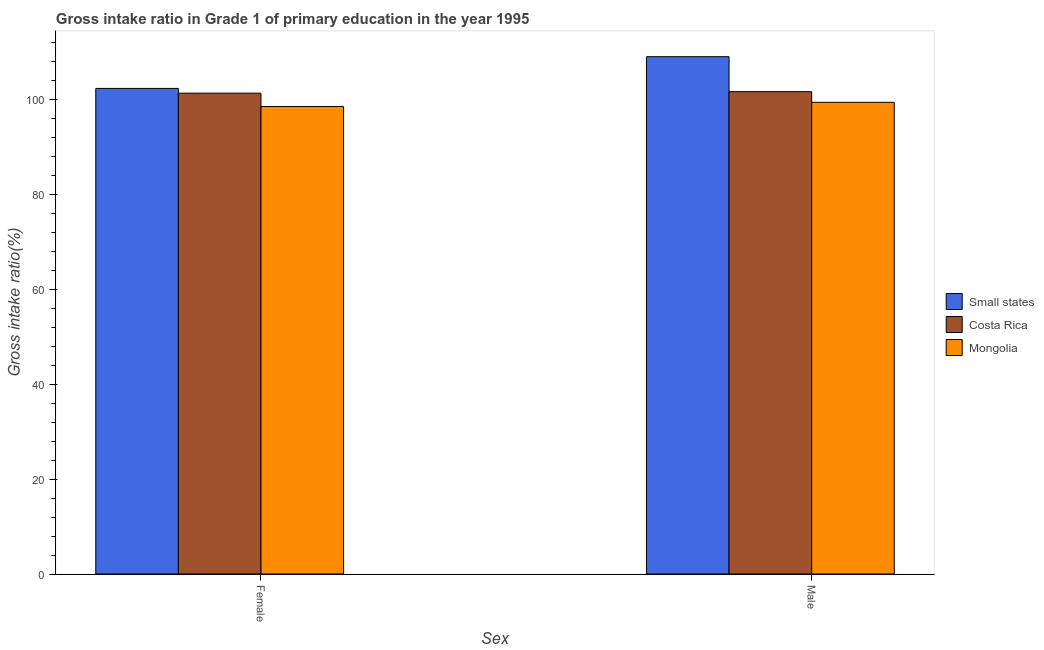
| Sex | Small states | Costa Rica | Mongolia |
 | --- | --- | --- | --- |
 | Female | 102 | 101 | 98.5 |
 | Male | 109 | 102 | 99.4 |